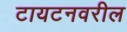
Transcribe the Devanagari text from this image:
टायटनवरील